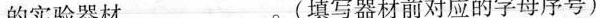
的实验器材_________。(填写器材前对应的字母序号)